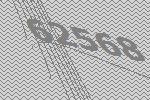
62568